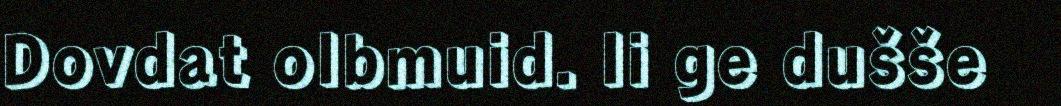
Dovdat olbmuid. Ii ge dušše